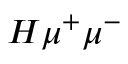
H \mu ^ { + } \mu ^ { - }